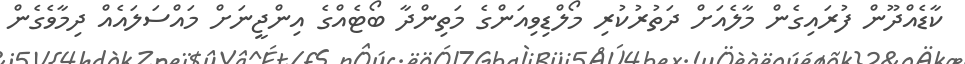
ކާޑެއްދޫން ފުރައިގެން މާލެއަށް ދަތުރުކުރި މޯލްޑިވިއަންގެ މަތިންދާ ބޯޓެއްގެ އިންޖީނަށް މައްސަލައެއް ދިމާވެގެން